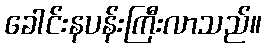
ခေါင်းနပန်းကြီးလာသည်။